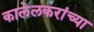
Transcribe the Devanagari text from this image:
कालेलकरांच्या